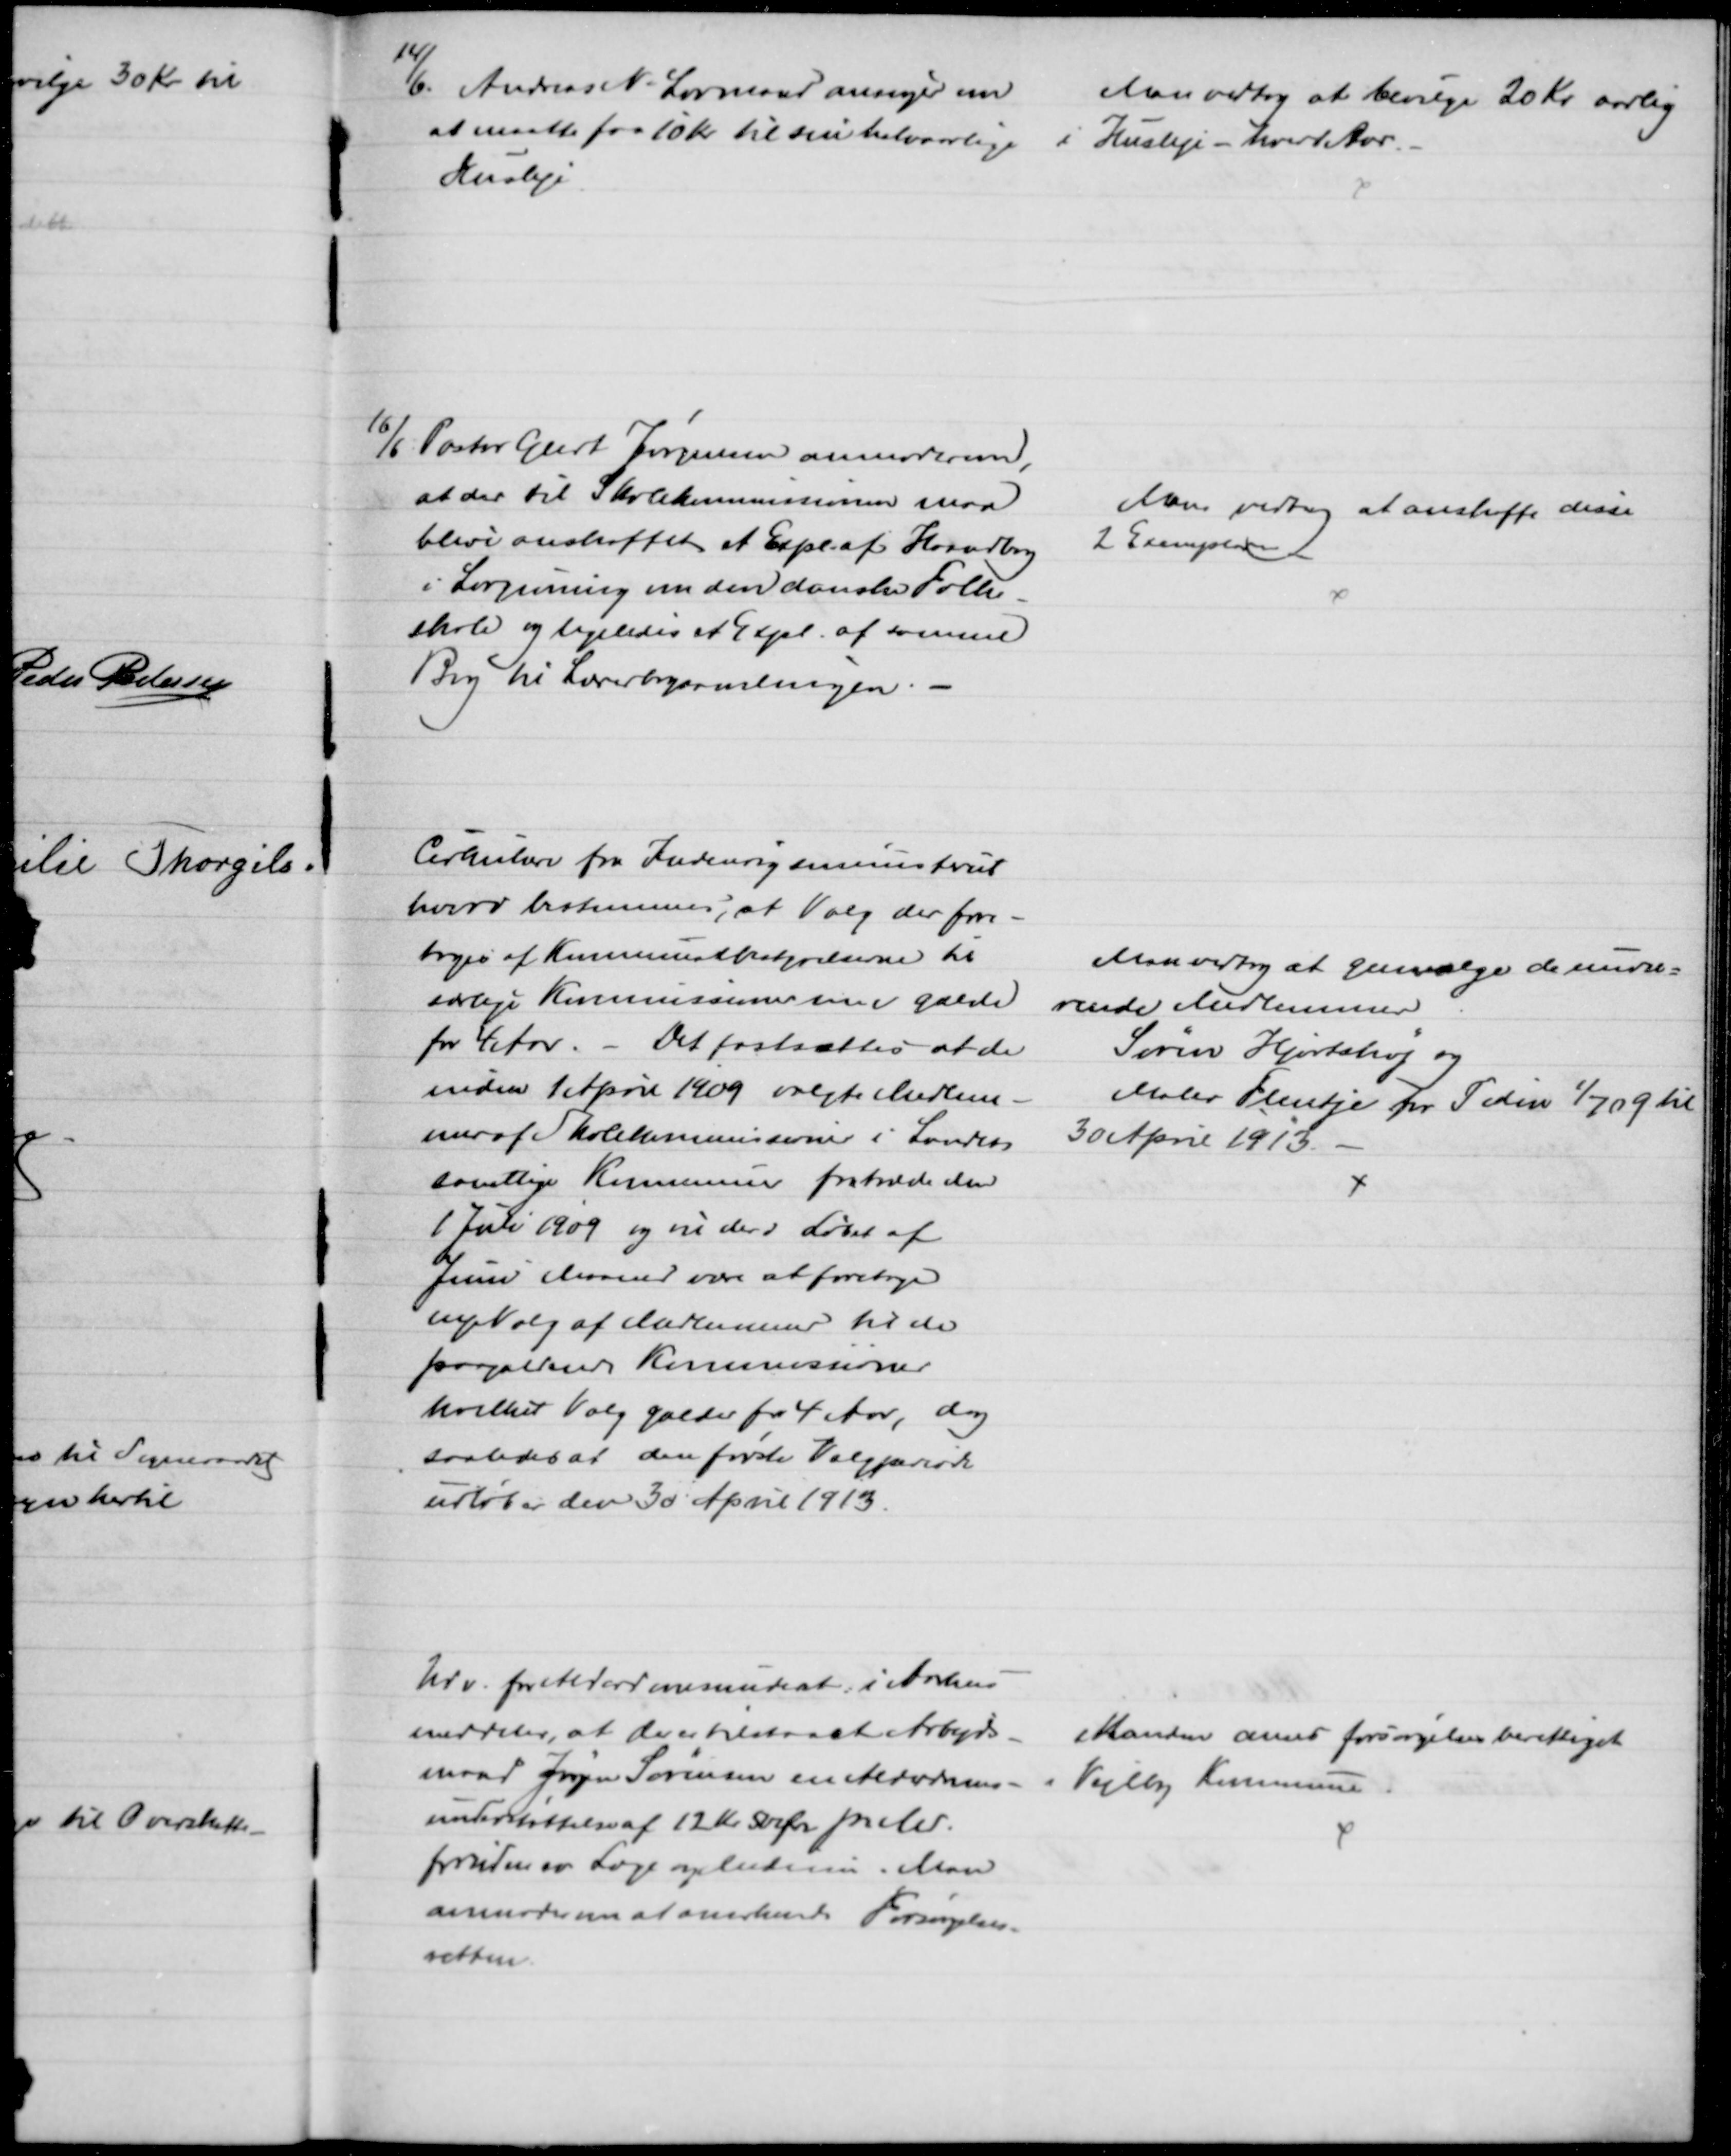
Transskription:
14/6. Andreas N. Lovmand ansøger om 
at maatte faa 10 Kr. til sin halvaarlige 
Husleje
Man vedtog at bevilge 20 Kr aarlig
i Husleje - hvert Aar.
16/6. Pastor Geert Jørgensen anmoder om,
at der til Skolekommissionen maa
blive anskaffet et Expl. af Haandbog
i Lovgivning om den danske Folke-
skole og ligeledes et Expl. af samme
Bog til Lærerbogsamlingen.
Man vedtog at anskaffe disse
2 Exemplarer
Cirkulære fra Indenrigsministeriet
hvori bestemmes, at Valg der fore -
tages af Kommunalbestyrelserne til 
særlige Kommissioner maa gælde
for 4 Aar. - Det fastsattes at de
inden 1 April 1909 valgte Medlem-
mer af Skolekommissioner i Landets
samtlige Kommuner fratræde den
1 Juli 1909 og vil der i Løbet af
Juni Maaned være at foretage
nye Valg af Medlemmer til de 
paagældende Kommissioner
hvilket Valg gælder for 4 Aar, dog
saaledes at den første Valgperiode
udløber den 30 April 1913.
Man vedtog at genvælge de nuvæ=
rende Medlemmer.
Søren Hjortshøj og
Maler Flentje for Tiden 1/7 09 til
30 April 1913.
Udv. for Alderdomsunderst: i Aarhus
meddeler, at der er tilstaaet Arbejds-
mand Jørgen Sørensen en Alderdoms-
understøttelse af 12 Kr. 50 Øre pr. Md.
foruden en Læge og Medicin. Man
anmoder om at anerkende Forsørgelses=
retten.
Manden anses forsørgelsesberettiget
i Vejlby Kommune